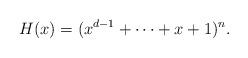
LaTeX: \begin{align*}H(x)=(x^{d-1}+\dots+x+1)^n.\end{align*}